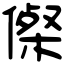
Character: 𠍇